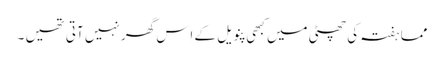
مما ہفتہ کی چھٹی میں کبھی پنویل کے اِس گھر نہیں آتی تھیں ۔